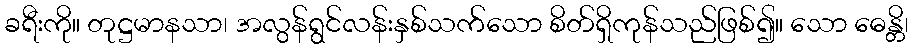
ခရီးကို။ တုဋ္ဌမာနသာ၊ အလွန်ရွင်လန်းနှစ်သက်သော စိတ်ရှိကုန်သည်ဖြစ်၍။ သော ဓေန္တိ၊